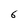
Character: 6